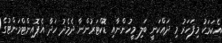
އެކަމަކު މިފަހަރު މި ދައްކަނީ ބަލި މީހުންނާއި ޑޮކްޓަރުންނާ ދެމެދު ހަދާ އެޕޮއިންޓްމަންޓުގެ